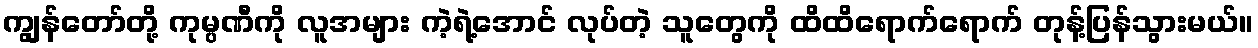
ကျွန်တော်တို့ ကုမ္ပဏီကို လူအများ ကဲ့ရဲ့အောင် လုပ်တဲ့ သူတွေကို ထိထိရောက်ရောက် တုန့်ပြန်သွားမယ်။